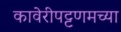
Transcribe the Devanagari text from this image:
कावेरीपट्टणमच्या